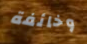
وخائفة